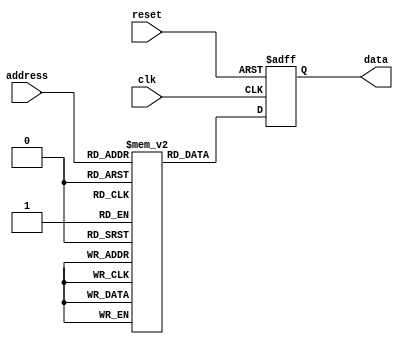
module anti_fuse_rom (
    input wire clk,
    input wire reset,
    input wire [7:0] address,
    output reg [7:0] data
);

reg [7:0] mem[255:0]; // 256 memory blocks each containing 8-bits of data

always @(posedge clk or posedge reset) begin
    if (reset)
        data <= 8'b0;
    else
        data <= mem[address];
end

endmodule